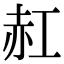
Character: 䞑